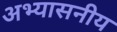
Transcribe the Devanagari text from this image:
अभ्यासनीय